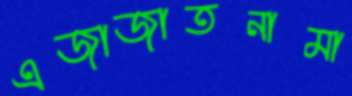
এজাজাতনামা